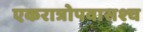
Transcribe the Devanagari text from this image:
एकरात्रोपवासश्च